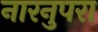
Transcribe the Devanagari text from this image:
नारनुपरा